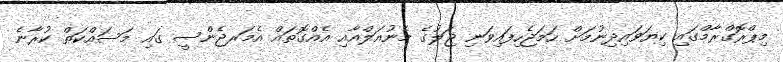
މިޕްރޮގްރާމްގައި ކިޔަވައިދިނުމަށް ހަމަޖެހިފައިވަނި ޖަލުގެ މެނުއަލްއާއި އެއްގޮތައް އެމަރޖެންސީ ގައި މަސައްކަތް ކުރާނެ